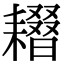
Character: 𦔢